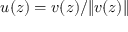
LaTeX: u ( z ) = v ( z ) / \| v ( z ) \|